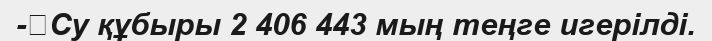
-	Су құбыры 2 406 443 мың теңге игерілді.